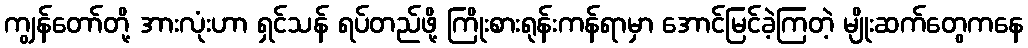
ကျွန်တော်တို့ အားလုံးဟာ ရှင်သန် ရပ်တည်ဖို့ ကြိုးစားရုန်းကန်ရာမှာ အောင်မြင်ခဲ့ကြတဲ့ မျိုးဆက်တွေကနေ